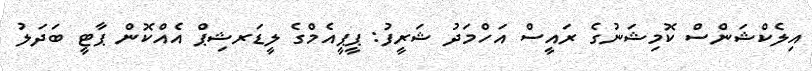
އިލެކްޝަންސް ކޮމިޝަނުގެ ރައީސް އަހްމަދު ޝަރީފު: ޕީޕީއެމްގެ ލީޑަރޝިޕް އެއްކޮން ޕާޓީ ބަދަލު